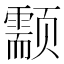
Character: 颥